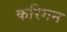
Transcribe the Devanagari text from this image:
करिगन